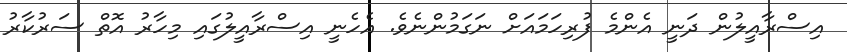
އިސްރާއީލުން ދަނީ އެންމެ ފުރިހަމައަށް ނަގަމުންނެވެ. އެހެނީ އިސްރާއީލުގައި މިހާރު އޮތް ސަރުކާރު